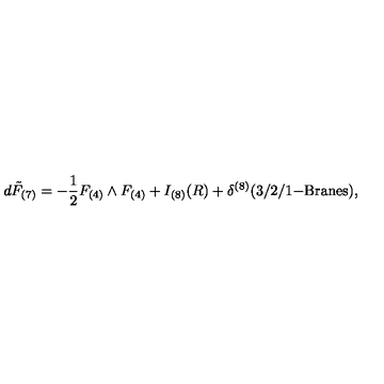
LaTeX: d \tilde { F } _ { ( 7 ) } = - \frac { 1 } { 2 } F _ { ( 4 ) } \wedge F _ { ( 4 ) } + I _ { ( 8 ) } ( R ) + \delta ^ { ( 8 ) } ( 3 / 2 / 1 \mathrm { - B r a n e s } ) ,